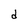
Character: d